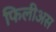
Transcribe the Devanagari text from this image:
फिलीअस